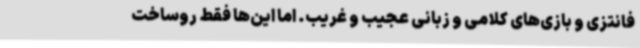
فانتزی و بازی‌های کلامی و زبانی عجیب و غریب. اما این‌ها فقط روساخت